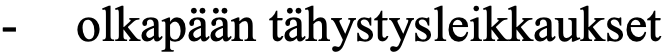
-  olkapään tähystysleikkaukset